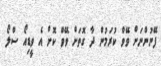
ފޭނުންނަށް ވޭވް ކުރަމުން ދާ ގޮތަށް ވޭވް ކޮށް އެ ވީޑިއޯ ސްލޯ